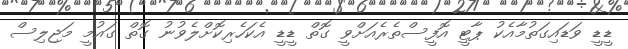
ޑީޑީ ވަޑައިގަތުމާއެކު ޕާޓީ އޮފީސްތެރެއަށްވީ ގޮތް ޑީޑީ އެކަހެރިކޮށްލެވުނު ގޮތް ގައުމީ މަޖިލިސް